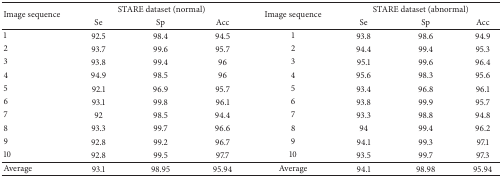
| <ROWSPAN=2> Image sequence | <COLSPAN=3> STARE dataset (normal) | <ROWSPAN=2> Image sequence | <COLSPAN=3> STARE dataset (abnormal) |
 | Se | Sp | Acc | Se | Sp | Acc |
 | --- | --- | --- | --- | --- | --- | --- | --- |
 | 1 | 92.5 | 98.4 | 94.5 | 1 | 93.8 | 98.6 | 94.9 |
 | 2 | 93.7 | 99.6 | 95.7 | 2 | 94.4 | 99.4 | 95.3 |
 | 3 | 93.8 | 99.4 | 96 | 3 | 95.1 | 99.6 | 96.4 |
 | 4 | 94.9 | 98.5 | 96 | 4 | 95.6 | 98.3 | 95.6 |
 | 5 | 92.1 | 96.9 | 95.7 | 5 | 93.4 | 96.8 | 96.1 |
 | 6 | 93.1 | 99.8 | 96.1 | 6 | 93.8 | 99.9 | 95.7 |
 | 7 | 92 | 98.5 | 94.4 | 7 | 93.3 | 98.8 | 94.8 |
 | 8 | 93.3 | 99.7 | 96.6 | 8 | 94 | 99.4 | 96.2 |
 | 9 | 92.8 | 99.2 | 96.7 | 9 | 94.1 | 99.3 | 97.1 |
 | 10 | 92.8 | 99.5 | 97.7 | 10 | 93.5 | 99.7 | 97.3 |
 | Average | 93.1 | 98.95 | 95.94 | Average | 94.1 | 98.98 | 95.94 |